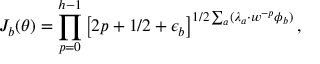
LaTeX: J _ { b } ( \theta ) = \prod _ { p = 0 } ^ { h - 1 } \left[ 2 p + 1 / 2 + \epsilon _ { b } \right] ^ { 1 / 2 \sum _ { a } ( \lambda _ { a } \cdot w ^ { - p } \phi _ { b } ) } ,